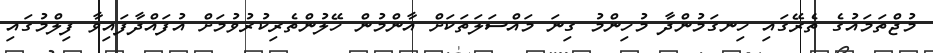
މުޖްތަމައުގެ ތެރޭގައި ހިނގަމުންދާ މުހިންމު ގިނަ މައްސަލަތަކަށް އާންމުން ހޭލުންތެރިކުރުވުމަށް އުފައްދާފައިވާ ފިލްމުގައި